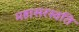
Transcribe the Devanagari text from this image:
महासरस्वति